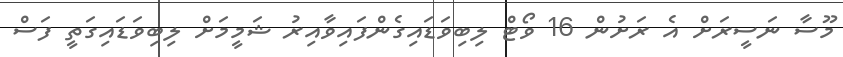
މޫސާ ނަސީރަށް އެ ރަށުން 16 ވޯޓް ލިބިވަޑައިގެންފައިވާއިރު ޝަމީމަށް ލިބިވަޑައިގަތީ ފަސް